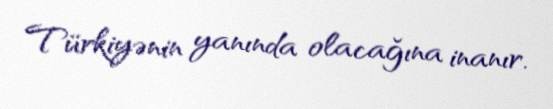
Türkiyənin yanında olacağına inanır.